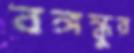
বঙ্গন্ধুর